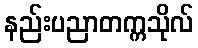
နည်းပညာတက္ကသိုလ်